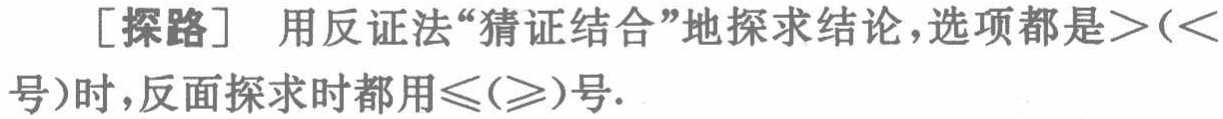
[探路] 用反证法“猜证结合”地探求结论，选项都是$>(<)$号时，反面探求时都用$\leqslant(\geqslant)$号.